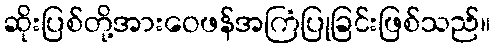
ဆိုးပြစ်တို့အားဝေဖန်အကြံပြုခြင်းဖြစ်သည်။